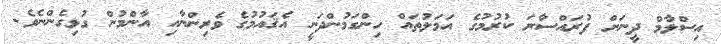
އިސްލާމް ދީނަށް ފުރައްސާރަ ކުރުމުގެ އަމަލުތައް ހިންގަމުންދަނީ އެޤައުމުގެ ވެރިންނާއި އާންމުން ގުޅިގެންނެވެ.